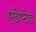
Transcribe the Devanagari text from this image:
एडेप्टेड